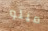
ميلو